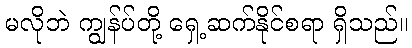
မလိုဘဲ ကျွန်ပ်တို့ ရှေ့ဆက်နိုင်စရာ ရှိသည်။